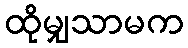
ထိုမျှသာမက